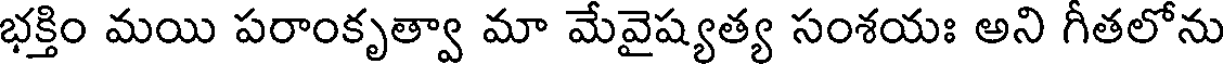
భక్తిం మయి పరాంకృత్వా మా మేవైష్యత్య సంశయః అని గీతలోను